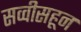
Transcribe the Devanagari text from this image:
सव्वीसहून